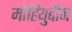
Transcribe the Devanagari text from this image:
मोहियुद्दीन